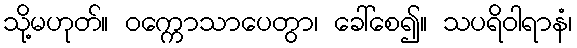
သို့မဟုတ်။ ဝက္ကောသာပေတွာ၊ ခေါ်စေ၍။ သပရိဝါရာနံ၊